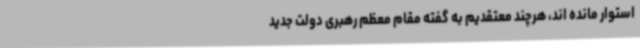
استوار مانده اند، هرچند معتقدیم به گفته مقام معظم رهبری دولت جدید